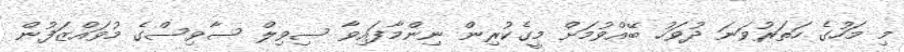
މި މަހުގެ ހަތަރުވަނަ ދުވަހު ބޭއްވުމަށް މީގެކުރިން ނިންމާފައިވާ ސިވިލް ސާވިސްގެ މުވައްޒަފުން